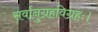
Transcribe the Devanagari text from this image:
सर्वानुग्रहविग्रहः।